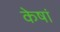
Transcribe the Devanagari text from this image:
केषां